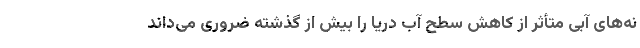
نه‌های آبی متأثر از کاهش سطح آب دریا را بیش از گذشته ضروری می‌داند